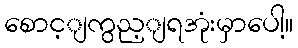
စောင့ျကွည့ျရအုံးမှာပေါ့။